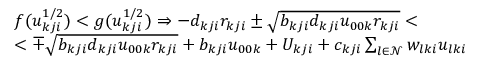
\begin{array} { r l } & { f ( u _ { k j i } ^ { 1 / 2 } ) < g ( u _ { k j i } ^ { 1 / 2 } ) \Rightarrow - d _ { k j i } r _ { k j i } \pm \sqrt { b _ { k j i } d _ { k j i } u _ { 0 0 k } r _ { k j i } } < } \\ & { < \mp \sqrt { b _ { k j i } d _ { k j i } u _ { 0 0 k } r _ { k j i } } + b _ { k j i } u _ { 0 0 k } + U _ { k j i } + c _ { k j i } \sum _ { l \in \mathcal { N } } w _ { l k i } u _ { l k i } } \end{array}